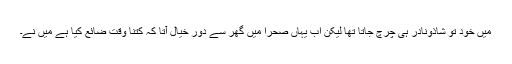
میں خود تو شاذونادر ہی چرچ جاتا تھا لیکن اب یہاں صحرا میں گھر سے دور خیال آتا کہ کتنا وقت ضائع کیا ہے میں نے۔